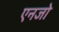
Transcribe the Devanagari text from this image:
एनजो